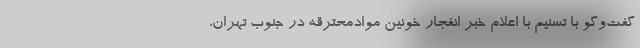
گفت‌وگو با تسنیم با اعلام خبر انفجار خونین موادمحترقه در جنوب تهران،